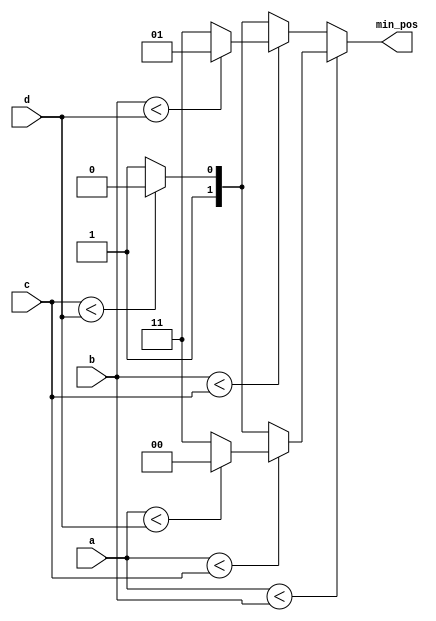
module returnMin(a, b, c, d, min_pos);
input [2:0] a, b, c, d;
output [1:0] min_pos;
reg min_pos;

always@(a, b, c, d) begin
	if(a < b) begin
		if(a < c) begin
			if(a < d) begin
				min_pos <= 0;
			end
			else begin
				min_pos <= 3;
			end
		end
		else begin
			if(c < d) begin
				min_pos <= 2;
			end
			else begin
				min_pos <= 3;
			end
		end
	end
	else begin
		if(b < c) begin
			if(b < d) begin
				min_pos <= 1;
			end
			else begin
				min_pos <= 3;
			end
		end
		else begin
			if(c < d) begin
				min_pos <= 2;
			end
			else begin
				min_pos <= 3;
			end
		end
	end
end
endmodule